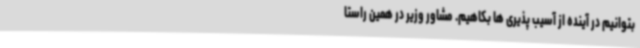
بتوانیم در آینده از آسیب پذیری ها بکاهیم. مشاور وزیر در همین راستا